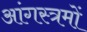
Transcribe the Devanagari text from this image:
आंगस्त्रमों